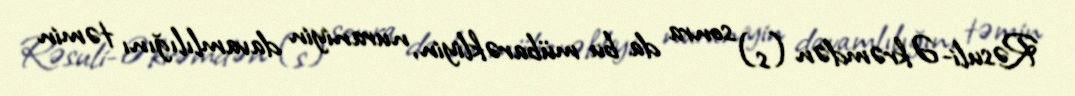
Rəsuli-Əkrəmdən (s) sonra da bu mübarəkliyin, nuraniyin davamlılığını təmin